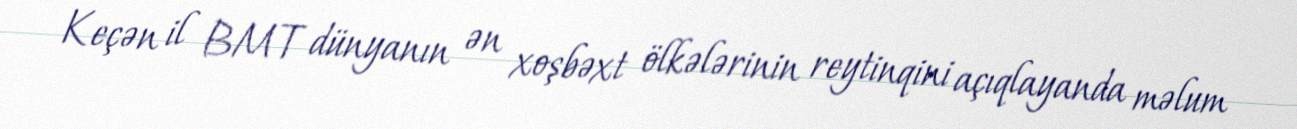
Keçən il BMT dünyanın ən xoşbəxt ölkələrinin reytinqini açıqlayanda məlum